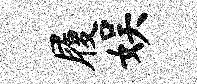
履娱